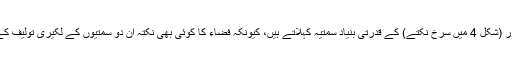
سرخ دھُرا پر واقعہ سمتیہ اور (شکل 4 میں سرخ نکتے) کے قدرتی بنیاد سمتیہ کہلاتے ہیں، کیونکہ فضاء کا کوئی بھی نکتہ ان دو سمتیوں کے لکیری تولیف کے طور پر لکھا جا سکتا ہے۔